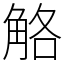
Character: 觡